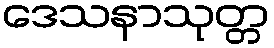
ဒေသနာသုတ္တ